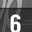
Digit: 6